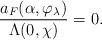
LaTeX: \begin{align*}\frac{a_F(\alpha,\varphi_\lambda)}{\Lambda(0,\chi)} = 0.\end{align*}